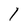
Character: 1